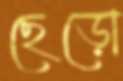
ছেড়ো